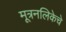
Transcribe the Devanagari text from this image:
मूत्रनलिकेचे